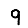
Digit: 9